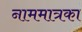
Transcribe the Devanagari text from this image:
नाममात्रका